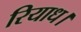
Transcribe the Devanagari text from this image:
रियाध।